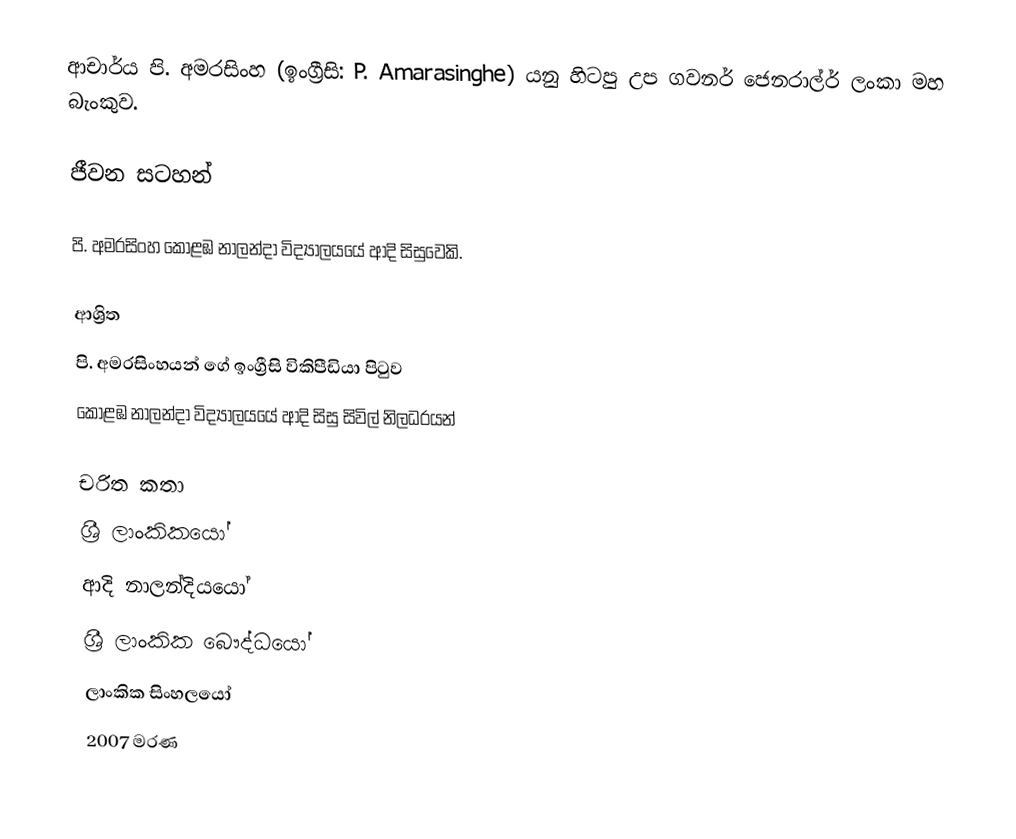
ආචාර්ය  පි. අමරසිංහ (ඉංග්‍රීසි: P. Amarasinghe) යනු  හිටපු  උප ගවනර් ජෙනරාල්ර් ලංකා මහ බැංකුව.

ජීවන සටහන්

පි. අමරසිංහ කොළඹ නාලන්දා විද්‍යාලයයේ ආදි සිසුවෙකි.

ආශ්‍රිත
  පි. අමරසිංහයන් ගේ ඉංග්‍රීසි විකිපීඩියා පිටුව
 කොළඹ නාලන්දා විද්‍යාලයයේ ආදි සිසු සිවිල් නිලධරයන්

චරිත කතා
ශ්‍රී ලාංකිකයෝ
ආදි නාලන්දියයෝ
ශ්‍රී ලාංකික බෞද්ධයෝ
ලාංකික සිංහලයෝ
2007 මරණ